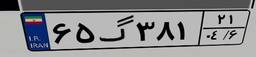
۸۵گ۲۸۸۷۷